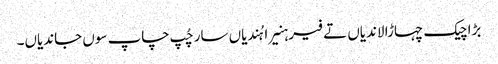
بڑا چیک چہاڑا لاندیاں تے فیر ہنیرا ہُندیاں سار چُپ چاپ سوں جاندیاں۔